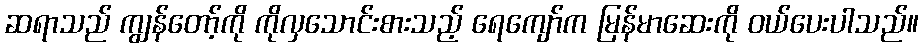
ဆရာသည် ကျွန်တော့်ကို ကိုလှသောင်းစားသည့် ရေကျော်က မြန်မာဆေးကို ဝယ်ပေးပါသည်။